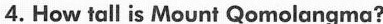
4.How tall is Mount Qomolangma?